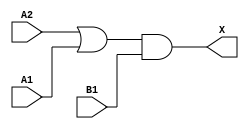
module sky130_fd_sc_lp__o21a_7 (
    X ,
    A1,
    A2,
    B1
);
    output X ;
    input  A1;
    input  A2;
    input  B1;
    wire or0_out   ;
    wire and0_out_X;
    or  or0  (or0_out   , A2, A1         );
    and and0 (and0_out_X, or0_out, B1    );
    buf buf0 (X         , and0_out_X     );
endmodule